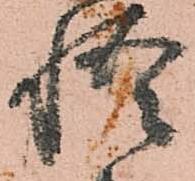
悟